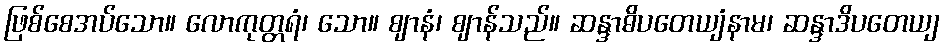
ဖြစ်စေအပ်သော။ လောကုတ္တရံ၊ သော။ ဈာနံ၊ ဈာန်သည်။ ဆန္ဒာဓိပတေယျံနာမ၊ ဆန္ဒာဒိပတေယျ